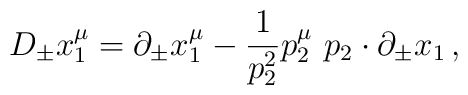
D_{\pm }x_1^\mu =\partial _{\pm }x_1^\mu -\frac 1{p_2^2}p_2^\mu \,\,p_2\cdot\partial _{\pm }x_1\,,